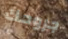
جروحك